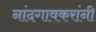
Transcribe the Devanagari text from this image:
नांदगावकरांनी